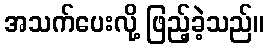
အသက်ပေးလို့ ဖြည့်ခဲ့သည်။